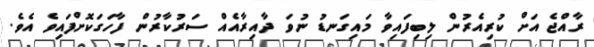
ރާއްޖެ އަށް ކުރިއެރުން ލިބިފައިވާ މައިގަނޑު ނުވަ ދާއިރާއެއް ސަރުކާރުން ފާހަގަކޮށްފައިވެ އެވެ.